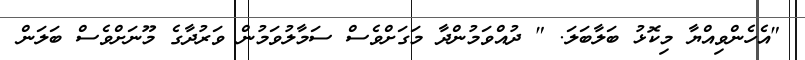
"އެހެންވިއްޔާ މިކޮޅު ބަލާބަލަ. " ދުއްވަމުންދާ މަގަށްވެސް ސަމާލުވަމުން ވަރުދާގެ މޫނަށްވެސް ބަލަން